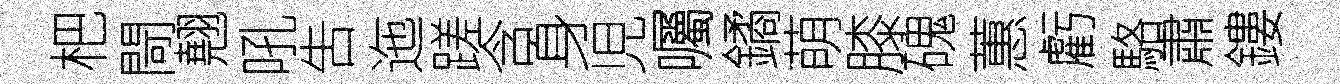
杷閜翹吼吿迤蹉含身児囑鐍萌膝磈蕙虧駱肅鏤